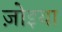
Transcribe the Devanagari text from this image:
ज़ोइया